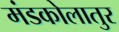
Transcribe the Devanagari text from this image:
मंडकोलातुर